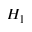
H _ { 1 }